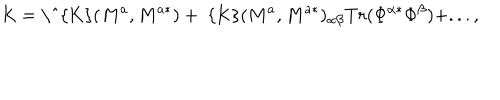
LaTeX: \mathrm { K } = \mathrm { \ ^ { K } } ( M ^ { a } , M ^ { a * } ) + \mathrm { ~ { K } } ( M ^ { a } , M ^ { a * } ) _ { \alpha \beta } T r ( \Phi ^ { \alpha * } \Phi ^ { \beta } ) + . . . ,